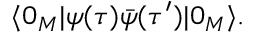
\langle 0 _ { M } | \psi ( \tau ) \bar { \psi } ( \tau ^ { \prime } ) | 0 _ { M } \rangle .